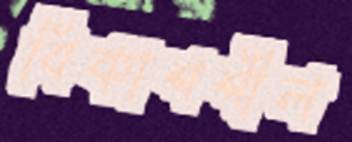
বিকাশশীল